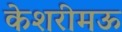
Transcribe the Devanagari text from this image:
केशरीमऊ